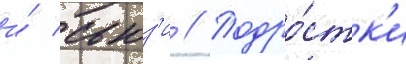
и́ сьюз'и // Подро́стк'и